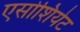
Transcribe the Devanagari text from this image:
एसोशियेट